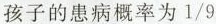
孩子的患病概率为\frac{1}{9}